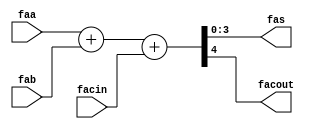
module nfa_accept_samples_generic_hw_add_32ns_32s_32_8_AddSubnS_1_fadder 
#(parameter
    N = 4
)(
    input  [N-1 : 0]  faa,
    input  [N-1 : 0]  fab,
    input  wire  facin,
    output [N-1 : 0]  fas,
    output wire  facout
);
assign {facout, fas} = faa + fab + facin;
endmodule